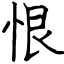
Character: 恨